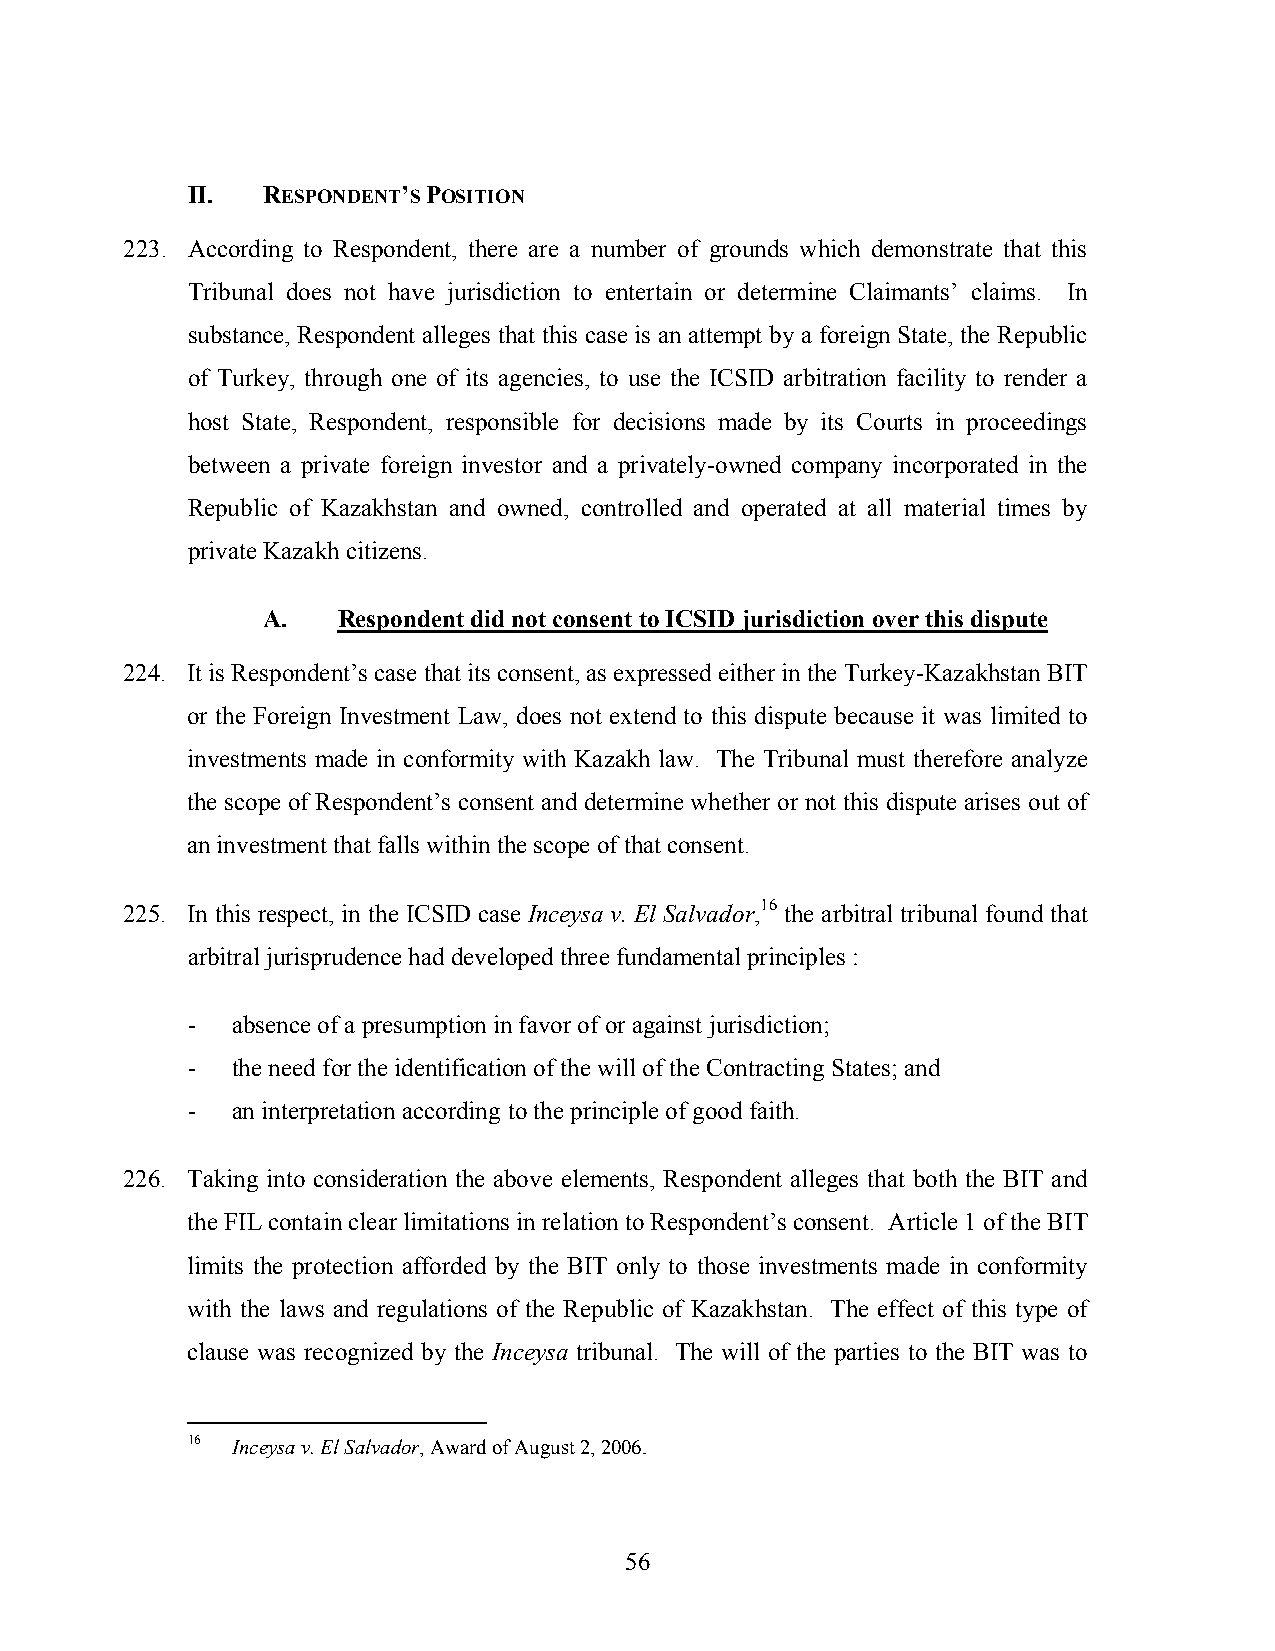
II.  RESPONDENT’S POSITION
 223. According to Respondent, there are a number of grounds which demonstrate that this
 Tribunal does not have jurisdiction to entertain or determine Claimants’ claims. In
 substance, Respondent alleges that this case is an attempt by a foreign State, the Republic
 of Turkey, through one of its agencies, to use the ICSID arbitration facility to render a
 host State, Respondent, responsible for decisions made by its Courts in proceedings
 between a private foreign investor and a privately-owned company incorporated in the
 Republic of Kazakhstan and owned, controlled and operated at all material times by
 private Kazakh citizens.
 A.   Respondent did not consent to ICSID jurisdiction over this dispute
 224. It is Respondent’s case that its consent, as expressed either in the Turkey-Kazakhstan BIT
 or the Foreign Investment Law, does not extend to this dispute because it was limited to
 investments made in conformity with Kazakh law. The Tribunal must therefore analyze
 the scope of Respondent’s consent and determine whether or not this dispute arises out of
 an investment that falls within the scope of that consent.
 225. In this respect, in the ICSID case Inceysa v. El Salvador,16 the arbitral tribunal found that
 arbitral jurisprudence had developed three fundamental principles :
 -  absence of a presumption in favor of or against jurisdiction;
 -  the need for the identification of the will of the Contracting States; and
 -  an interpretation according to the principle of good faith.
 226. Taking into consideration the above elements, Respondent alleges that both the BIT and
 the FIL contain clear limitations in relation to Respondent’s consent. Article 1 of the BIT
 limits the protection afforded by the BIT only to those investments made in conformity
 with the laws and regulations of the Republic of Kazakhstan. The effect of this type of
 clause was recognized by the Inceysa tribunal. The will of the parties to the BIT was to
 16 Inceysa v. El Salvador, Award of August 2, 2006.
 56